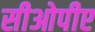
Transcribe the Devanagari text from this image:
सीओपीए